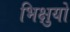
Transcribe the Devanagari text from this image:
भिक्षुयों